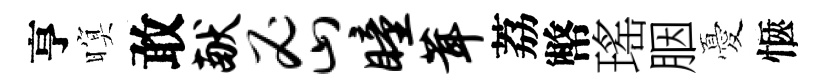
亨暝敢献密瞳茸荔幣瑤胭憂愜